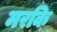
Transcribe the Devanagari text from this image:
मरकि